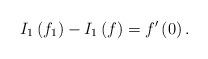
LaTeX: \begin{align*}I_{1}\left(f_{1}\right)-I_{1}\left(f\right)=f^{\prime}\left(0\right).\end{align*}